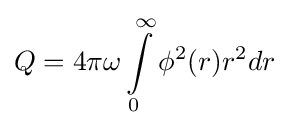
Q=4\pi \omega \int \limits _{0}^{\infty }\phi ^{2}(r)r^{2}dr